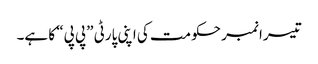
تیسرا نمبر حکومت کی اپنی پارٹی ”پی پی“ کا ہے۔